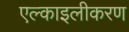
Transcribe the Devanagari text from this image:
एल्काइलीकरण